Vaccine operations Central Provinces & Berar 1922-1929 - 1922-1929
Year: 1922
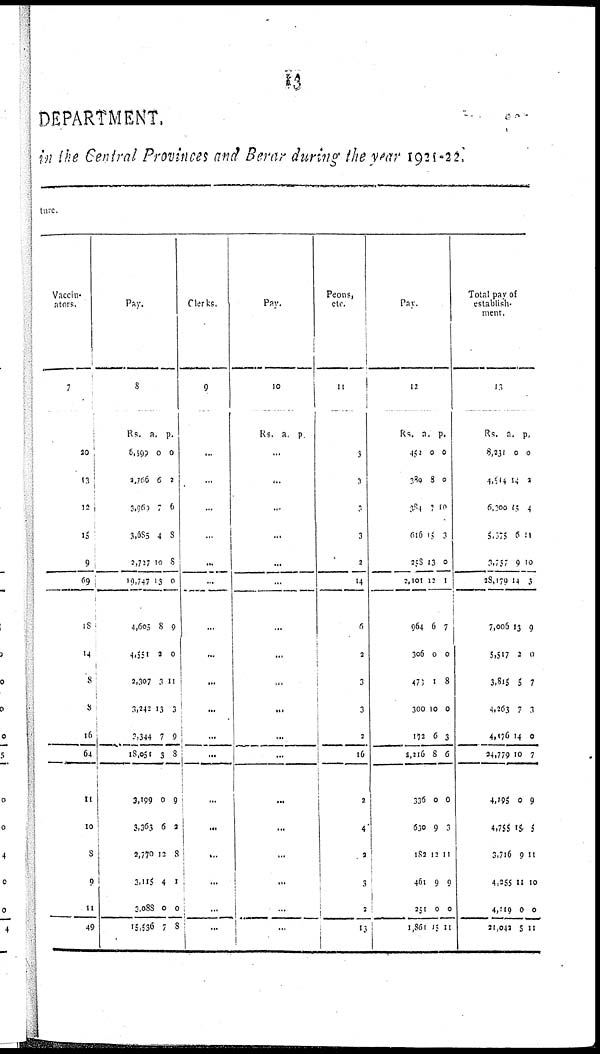
13
DEPARTMENT.
in the Central Provinces and Berar during the year 1921-22.
ture.
Vaccin-
ators.
7
20
13
12
15
9
69
18
14
8
8
16
64
11
10
8
0
11
49
Pay.
8
Rs.
6,599
2,766
3,960
3,685
2,727
10,747
4,605
4,551
2,307
3,242
3,344
18,051
3,199
3,363
2,770
3,115
2,088
15,536
a.
0
6
7
4
10
13
8
2
3
13
7
3
0
6
12
4
0
7
p.
0
2
6
8
8
0
9
0
11
3
9
8
9
2
8
1
0
8
Clerks.
9
...
...
...
...
...
...
...
...
...
...
...
...
...
...
...
...
...
...
Pay.
10
Rs. a. p.
...
...
...
...
...
...
...
...
...
...
...
...
...
...
...
...
...
...
Peons,
etc.
11
3
0
3
3
2
14
6
2
3
3
2
16
2
4
2
3
2
13
Pay.
12
Rs.
451
380
384
616
298
2,101
964
306
471
300
172
2,216
336
630
182
461
251
1,861
a.
0
8
7
15
13
12
6
0
1
10
6
8
0
9
12
9
0
15
p.
0
0
10
3
0
1
7
0
8
0
3
6
0
3
11
9
0
11
Total pay of
establish-
ment.
13
Rs.
8,231
4,514
6,300
5,375
3,757
28,179
7,006
5,517
3,815
4,263
4,176
24,779
4,195
4,755
3,716
4,255
4,119
21,042
a.
0
14
15
6
9
14
13
2
5
7
14
10
0
15
9
11
0
5
p.
0
2
4
11
10
3
9
0
7
3
0
7
9
5
11
10
0
11